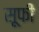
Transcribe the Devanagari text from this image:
स़ूफी